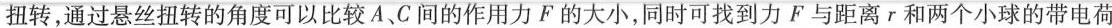
扭转，通过悬丝扭转的角度可以比较A、C间的作用力F的大小，同时可找到力F与距离r和两个小球的带电荷